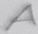
Text: A